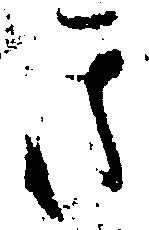
き